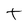
Character: t